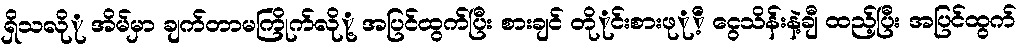
ရှိသလိုု အိမ်မှာ ချက်တာမကြိုက်လိုု့ အပြင်ထွက်ပြီး စားချင် တိုုင်းစားဖုုိ့ ငွေသိန်းနဲ့ချီ ထည့်ပြီး အပြင်ထွက်